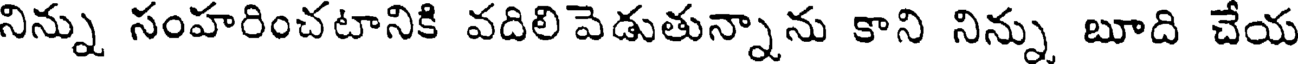
నిన్ను సంహరించటానికి వదిలివెడుతున్నాను కాని నిన్ను బూది చేయ